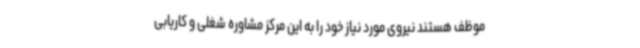
موظف هستند نیروی مورد نیاز خود را به این مرکز مشاوره شغلی و کاریابی